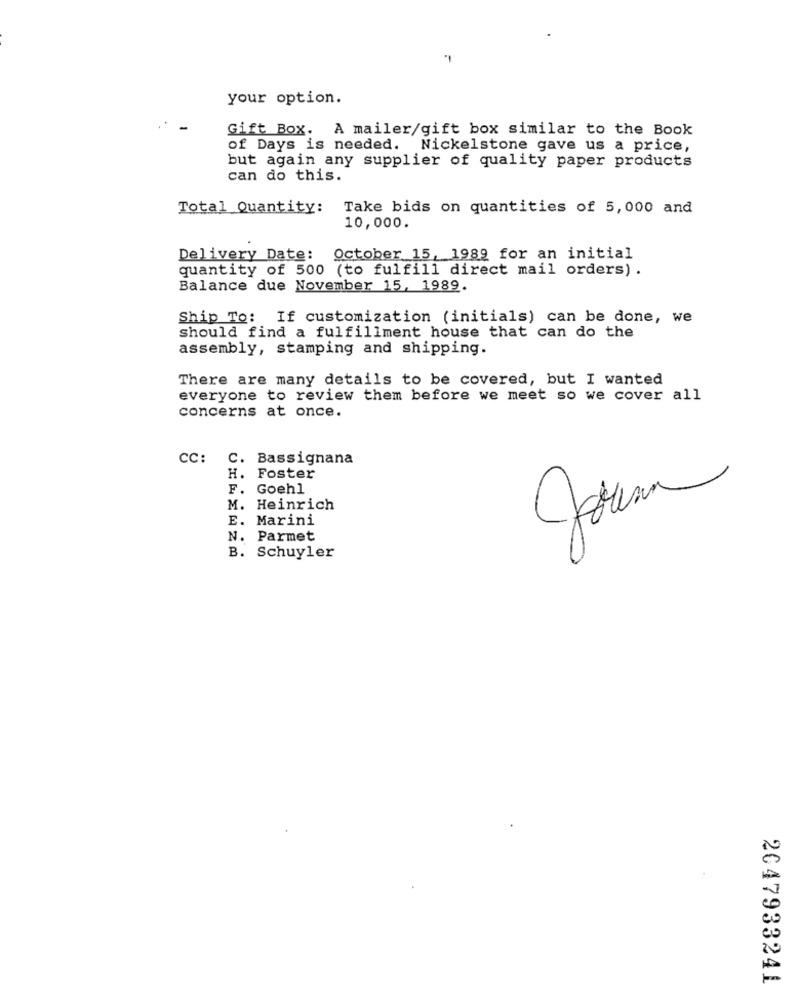
your option.
Gift Box. A mailer/gift box similar to the Book
of Days is needed. Nickelstone gave us a price,
but again any supplier of quality paper products
can do this.
Total Quantity:
Take bids on quantities of 5,000 and
10,000.
Delivery Date:
October 15, 1989 for an initial
quantity of 500 (to fulfill direct mail orders) .
Balance due November 15, 1989.
Ship To: If customization (initials) can be done, we
should find a fulfillment house that can do the
assembly, stamping and shipping.
There are many details to be covered, but I wanted
everyone to review them before we meet so we cover all
concerns at once.
CC:
C. Bassignana
H. Foster
F. Goehl
M. Heinrich
E. Marini
N. Parmet
B. Schuyler
2047933241